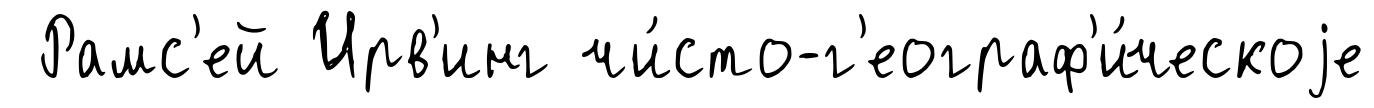
Рамс'ей Ирв'инг чи́сто-г'еограф'и́ческоjе